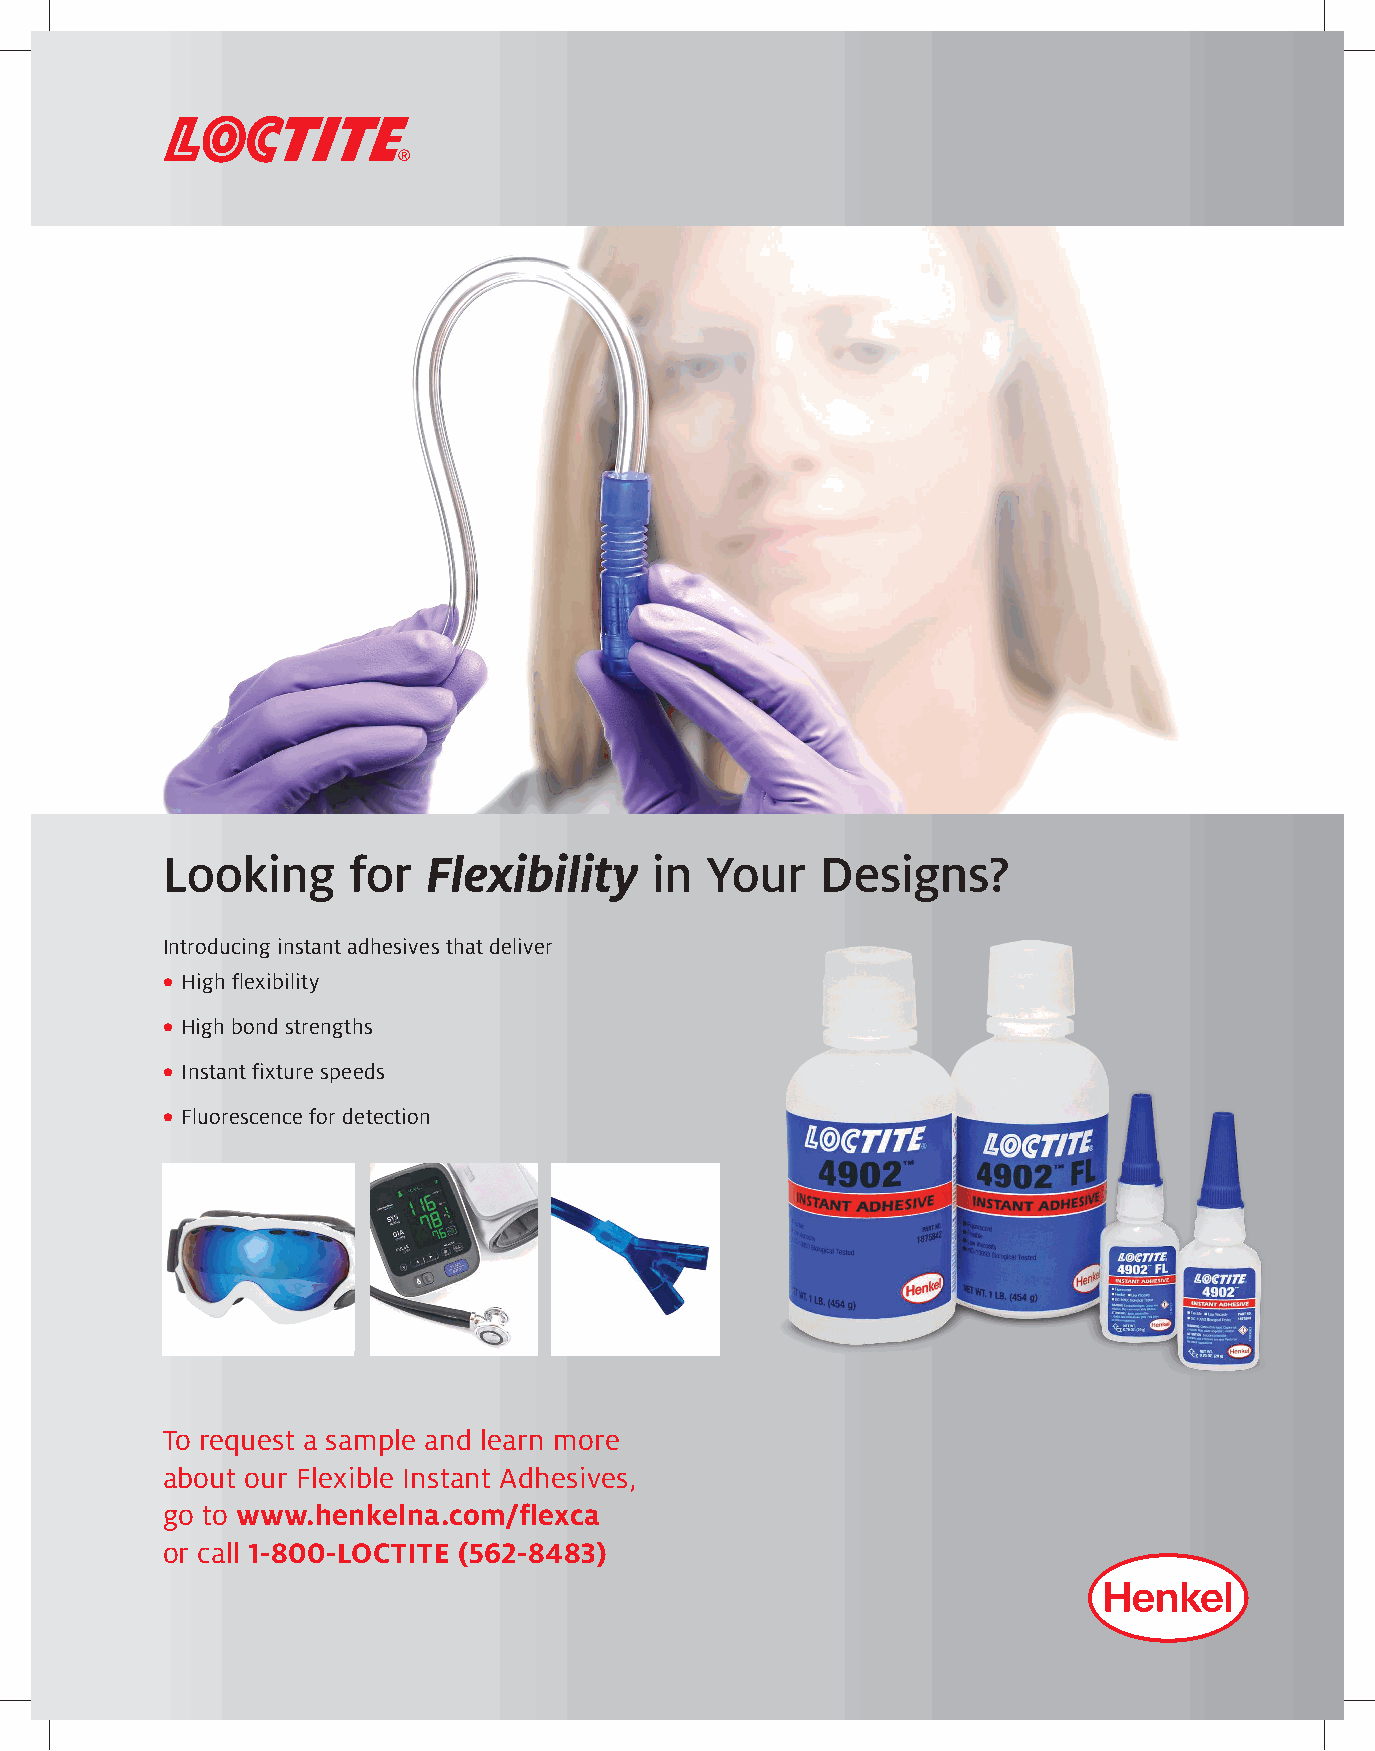
Looking     for  Flexibility    in  Your   Designs?
 Introducing instant adhesives that deliver
 • High flexibility
 • High bond strengths
 • Instant fixture speeds
 • Fluorescence for detection
 To request a sample and learn more
 about our Flexible Instant Adhesives,
 go to www.henkelna.com/flexca
 or call 1-800-LOCTITE (562-8483)